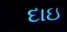
દાઇ